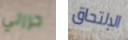
حررني الإلتحاق